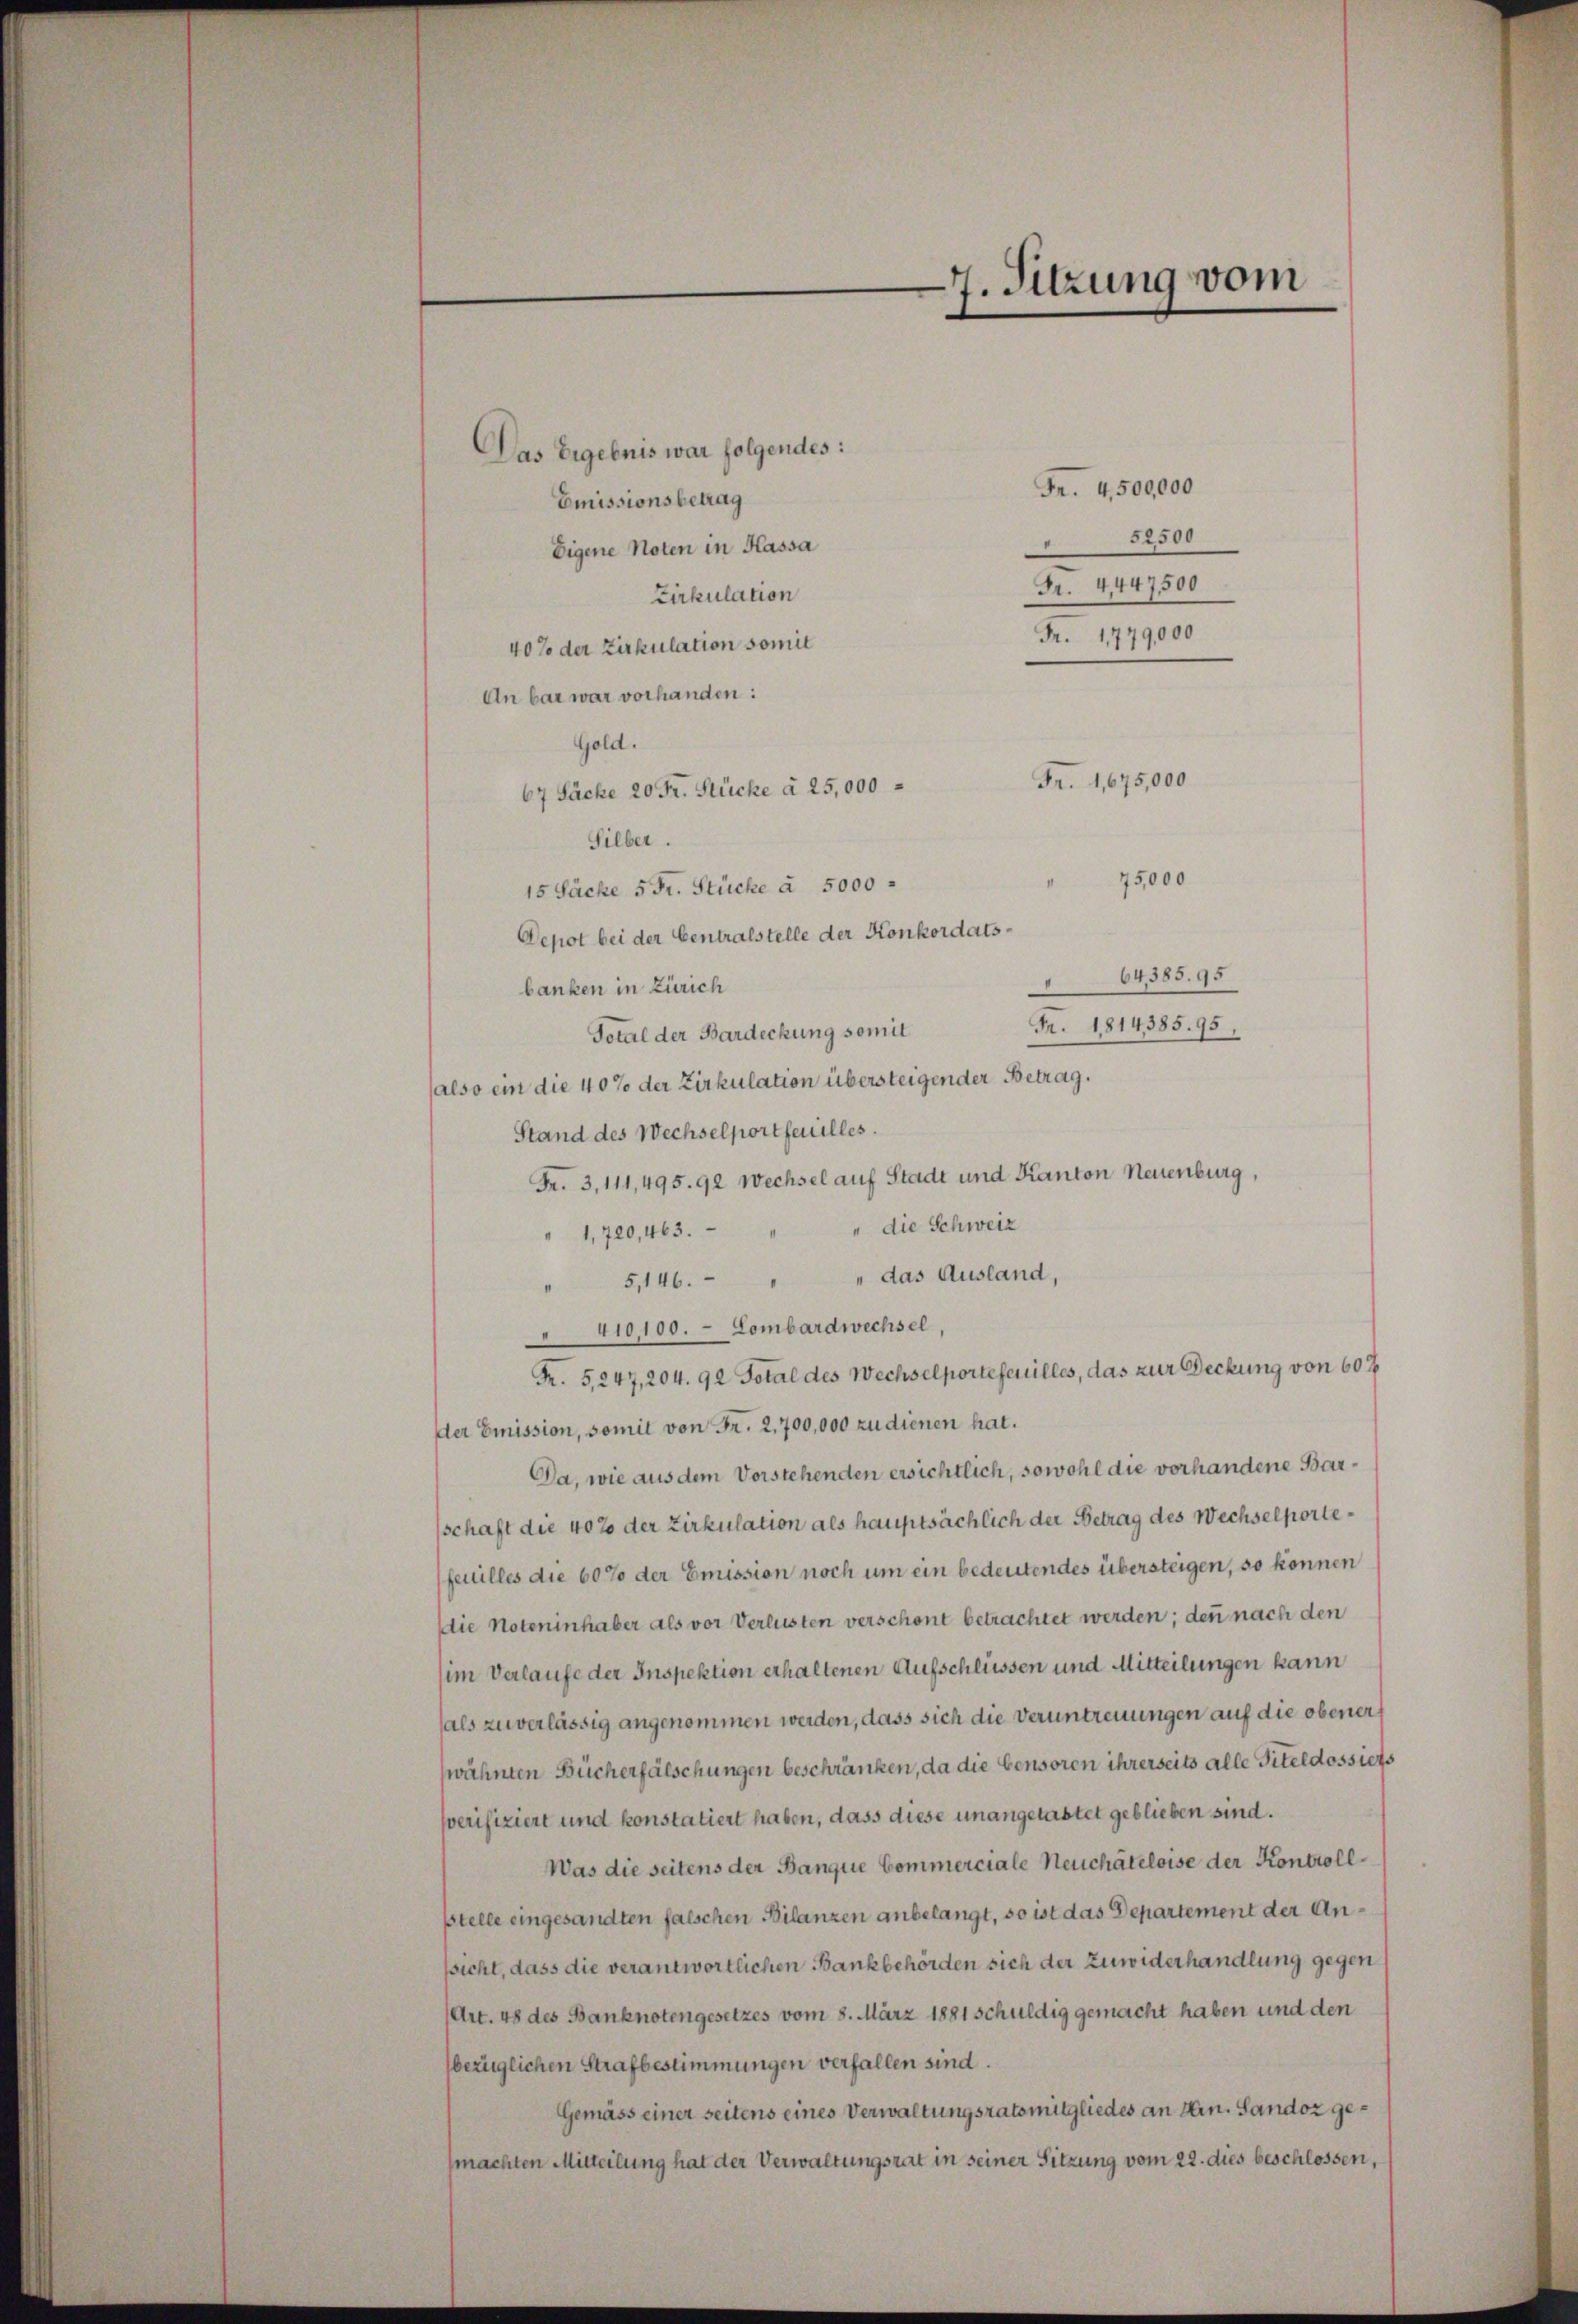
7. Sitzung vom

Das Ergebnis war folgendes:
Fr. 4,500,000
Emissionsbetrag
52500
Eigene Noten in Kassa
Fr. 4447500
Zirkulation
Fr. 1779,000
40% der Zirkulation somit
An bar war vorhanden:
Gold.
Fr. 1,675,000
67 Fäche 20 Fr. Stücke à 25,000
Silber.
75,000
15 Säcke 5 Fr. Stücke à 5000
Depot bei der Centralstelle der Konkordats¬
64385. 95
banken in Zürich
Fr. 1814385. 95
Total der Bardeckung somit
also ein die 40% der Zirkulation übersteigender Betrag.
Stand des Wechselportfeuilles.
Fr. 3, 111,495. 92 Wechsel auf Stadt und Kanton Neuenburg,
" die Schweiz
" 1,720,463.
" 5,146. " " das Ausland,
410,100. Lombardwechsel,
Fr. 5247, 204. 92 Total des Wechselportefenilles, das zur Deckung von 607
der Emission, somit von Fr. 2,700,000 zu dienen hat.
Da, wie aus dem Vorstehenden ersichtlich, sowohl die vorhandene Barschaft die 40% der Zirkulation als hauptsächlich der Betrag des Wechselportefeuilles die 60% der Emission noch um ein bedeutendes übersteigen, so können
Die Noteninhaber als vor Verlusten verschont betrachtet werden; denn nach den
(im Verlaufe der Inspektion erhaltenen Aufschlüssen und Mitteilungen kann
(als zuverlässig angenommen werden, dass sich die Veruntreuungen auf die obener
wähnten Bücherfälschungen beschränken, da die bensoren ihrerseits alle Titeldossiers
sverifiziert und konstatiert haben, dass diese unangelastet geblieben sind.
Was die seitens der Banque Commerciale Neuchâteloise der Kontrollstelle eingesandten falschen Bilanzen anbelangt, so ist das Departement der Anssicht, dass die verantwortlichen Bankbehörden sich der Zuwiderhandlung gegen s
Art. 48 des Banknotengesetzes vom 8. März 1881 schuldig gemacht haben und den
bezüglichen Strafbestimmungen verfallen sind.
Gemäss einer seitens eines Verwaltungsratsmitgliedes an Hrn. Sandoz gemachten Mitteilung hat der Verwaltungsrat in seiner Sitzung vom 22. dies beschlossen,